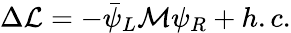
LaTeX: \Delta{\cal L}=-\bar{\psi}_{L}{\cal M}\psi_{R}+h.c.